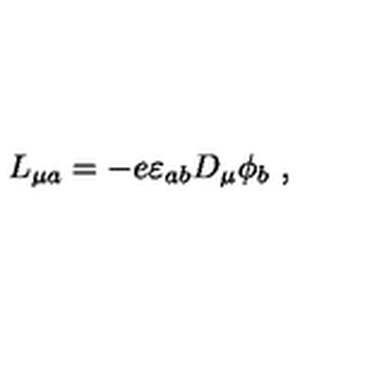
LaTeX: L _ { \mu a } = - e \varepsilon _ { a b } D _ { \mu } \phi _ { b } \ ,